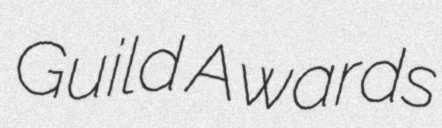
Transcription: Guild Awards